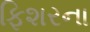
ફિશરના